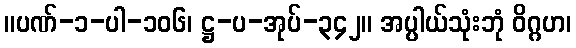
။ပဏ်-၁-ပါ-၁၀၆၊ ဋ္ဌ-ပ-အုပ်-၃၄၂။ အပ္ပါယ်သုံးဘုံ ဝိဂ္ဂဟ၊